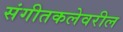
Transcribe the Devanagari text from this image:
संगीतकलेवरील